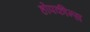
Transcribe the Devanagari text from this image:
होपकीन्स